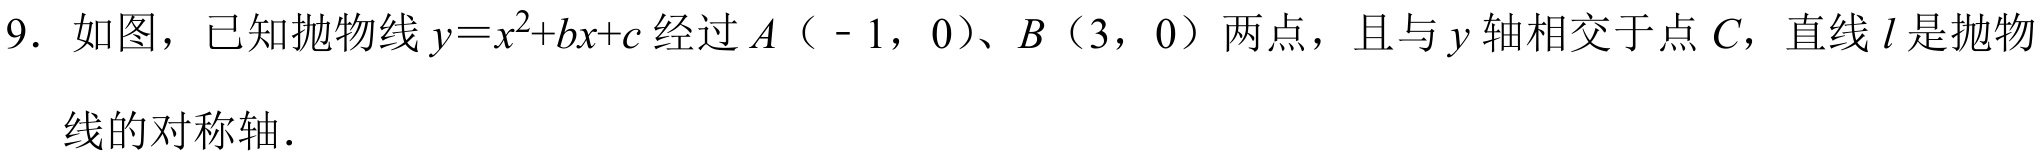
9. 如图，已知抛物线\(y = x^{2}+bx + c\)经过\(A（ - 1,0）\)、\(B（3,0）\)两点，且与\(y\)轴相交于点\(C\)，直线\(l\)是抛物线的对称轴.